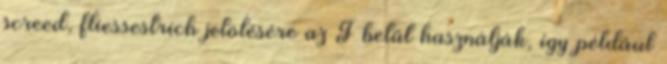
screed, fliessestrich jelölésére az F betűt használják, így például